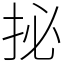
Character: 㧙